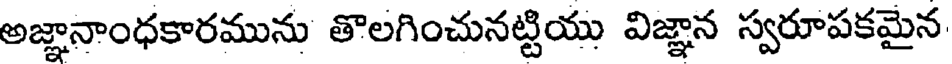
అజ్ఞానాంధకారమును తొలగించునట్టియు విజ్ఞాన స్వరూపకమైన